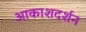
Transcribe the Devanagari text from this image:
आकाशदर्शन